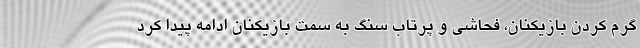
گرم کردن بازیکنان، فحاشی و پرتاب سنگ به سمت بازیکنان ادامه پیدا کرد